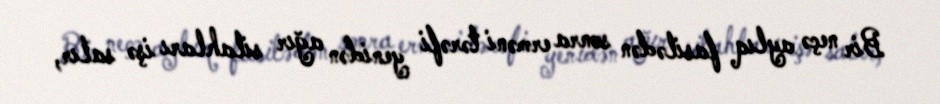
Bir neçə aylıq fasilədən sonra erməni tərəfi yenidən ağır silahları işə salır,